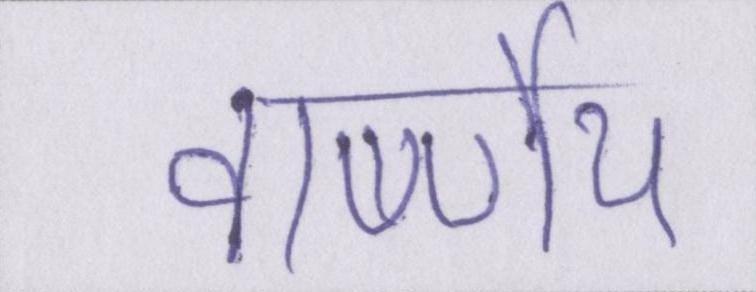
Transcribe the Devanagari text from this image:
वार्ष्णेय